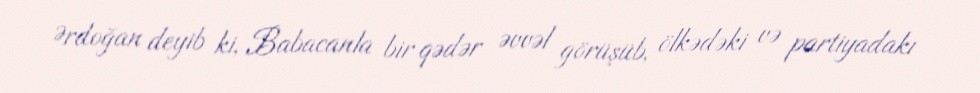
Ərdoğan deyib ki, Babacanla bir qədər əvvəl görüşüb, ölkədəki və partiyadakı